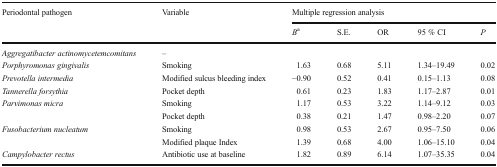
| <ROWSPAN=2> Periodontal pathogen | <ROWSPAN=2> Variable | <COLSPAN=5> Multiple regression analysis |
 | Ba | S.E. | OR | 95 % CI | P |
 | --- | --- | --- | --- | --- | --- | --- |
 | Aggregatibacter actinomycetemcomitans | – |  |  |  |  |  |
 | Porphyromonas gingivalis | Smoking | 1.63 | 0.68 | 5.11 | 1.34–19.49 | 0.02 |
 | Prevotella intermedia | Modified sulcus bleeding index | −0.90 | 0.52 | 0.41 | 0.15–1.13 | 0.08 |
 | Tannerella forsythia | Pocket depth | 0.61 | 0.23 | 1.83 | 1.17–2.87 | 0.01 |
 | <ROWSPAN=2> Parvimonas micra | Smoking | 1.17 | 0.53 | 3.22 | 1.14–9.12 | 0.03 |
 | Pocket depth | 0.38 | 0.21 | 1.47 | 0.98–2.20 | 0.07 |
 | <ROWSPAN=2> Fusobacterium nucleatum | Smoking | 0.98 | 0.53 | 2.67 | 0.95–7.50 | 0.06 |
 | Modified plaque Index | 1.39 | 0.68 | 4.00 | 1.06–15.10 | 0.04 |
 | Campylobacter rectus | Antibiotic use at baseline | 1.82 | 0.89 | 6.14 | 1.07–35.35 | 0.04 |